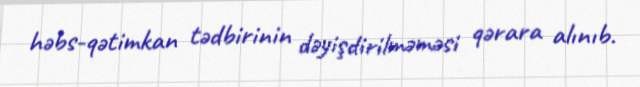
həbs-qətimkan tədbirinin dəyişdirilməməsi qərara alınıb.